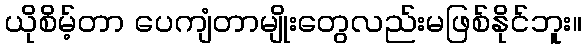
ယိုစိမ့်တာ ပေကျံတာမျိုးတွေလည်းမဖြစ်နိုင်ဘူး။